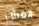
الغش